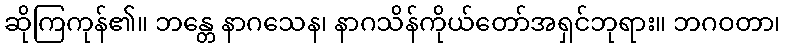
ဆိုကြကုန်၏။ ဘန္တေ နာဂသေန၊ နာဂသိန်ကိုယ်တော်အရှင်ဘုရား။ ဘဂဝတာ၊